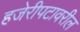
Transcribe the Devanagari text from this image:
हजेरीपटावरील